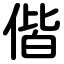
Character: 偕